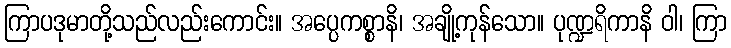
ကြာပဒုမာတို့သည်လည်းကောင်း။ အပ္ပေကစ္စာနိ၊ အချို့ကုန်သော။ ပုဏ္ဍရိကာနိ ဝါ၊ ကြာ